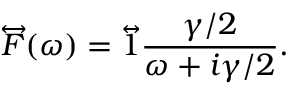
\overleftrightarrow { F } ( \omega ) = \overleftrightarrow { 1 } \frac { \gamma / 2 } { \omega + i \gamma / 2 } .